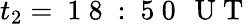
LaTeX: t_{2}=\mathrm{~1~8~:~5~0~\, ~U~T~}